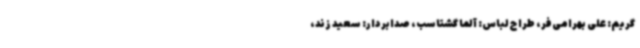
گریم: علی بهرامی‌فر، طراح لباس: آلما گشتاسب، صدابردار: سعید زند،